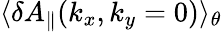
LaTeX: \langle\delta A_{\parallel}(k_{x},k_{y}=0)\rangle_{\theta}